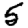
Digit: 5